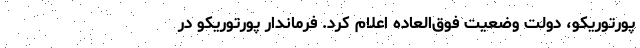
پورتوریکو، دولت وضعیت فوق‌العاده اعلام کرد. فرماندار پورتوریکو در